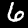
Digit: 6